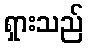
ရှားသည်